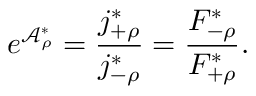
e ^ { \mathcal { A } _ { \rho } ^ { \ast } } = \frac { j _ { + \rho } ^ { \ast } } { j _ { - \rho } ^ { \ast } } = \frac { F _ { - \rho } ^ { \ast } } { F _ { + \rho } ^ { \ast } } .